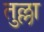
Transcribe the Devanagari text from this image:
तुल्ला